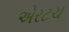
એરટચ